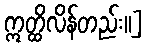
ဣတ္ထိလိန်တည်း။]